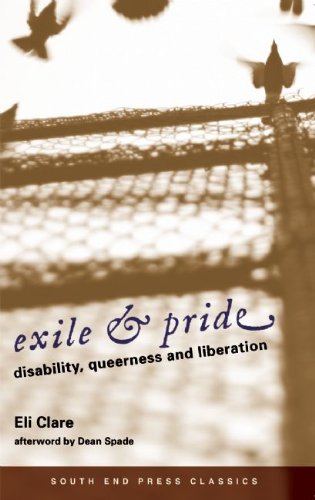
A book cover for Exile & Pride (South End Press Classics Edition): Disability, Queerness and Liberation; Eli Clare; Gay & Lesbian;